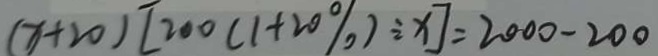
( x + 2 0 ) [ 2 0 0 ( 1 + 2 0 \% ) \div x ] = 2 0 0 0 - 2 0 0